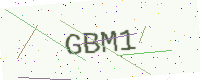
Text: GBM1